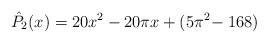
LaTeX: \begin{align*}\hat {P}_2(x)=20 x^2-20\pi x+(5\pi^2\!-168)\end{align*}